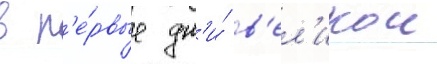
в п'е́рвые дн'и́ в'ел'икои